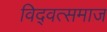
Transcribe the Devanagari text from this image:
विद्‍वत्समाज